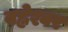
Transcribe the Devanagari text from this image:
बह्नेश्वर